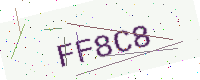
Text: FF8C8